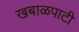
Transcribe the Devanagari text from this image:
खबाळपाटी